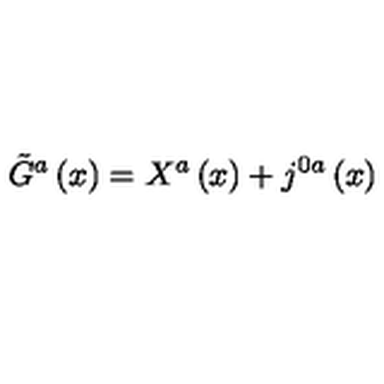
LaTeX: \tilde { G } ^ { a } \left( x \right) = X ^ { a } \left( x \right) + j ^ { 0 a } \left( x \right)